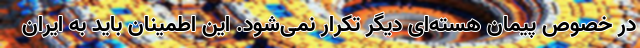
در خصوص پیمان هسته‌ای دیگر تکرار نمی‌شود. این اطمینان باید به ایران